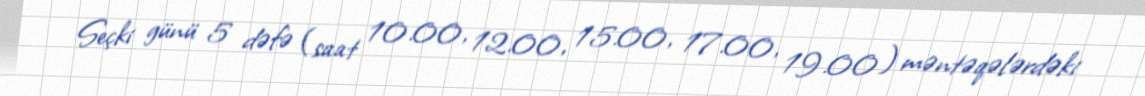
Seçki günü 5 dəfə (saat 10.00, 12.00, 15.00, 17.00, 19.00) məntəqələrdəki